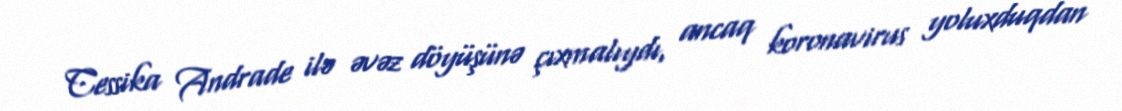
Cessika Andrade ilə əvəz döyüşünə çıxmalıydı, ancaq koronavirus yoluxduqdan